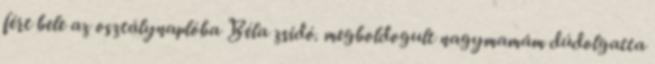
fért bele az osztálynaplóba Béla zsidó. megboldogult nagymamám dúdolgatta